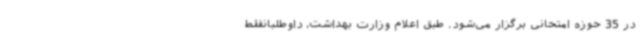
در 35 حوزه امتحانی برگزار می‌شود. طبق اعلام وزارت بهداشت، داوطلبانفقط